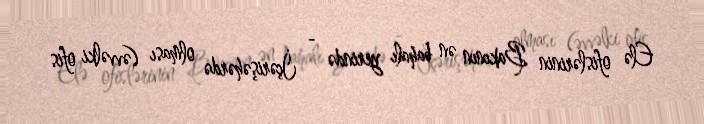
Elə ofislərinin Bakının ən bahalı yerində - İçərişəhərdə olması (əvvəlki ofis